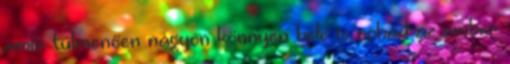
amin túlmenően nagyon könnyen bele is rohad az ember